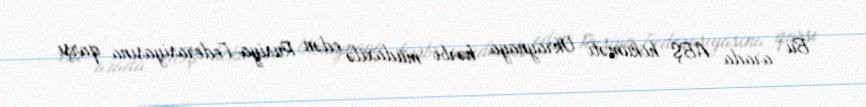
Bu arada ABŞ hökuməti Ukraynaya hərbi müdaxilə edən Rusiya Federasiyasına qarşı